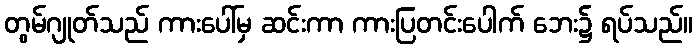
တွမ်ဂျုတ်သည် ကားပေါ်မှ ဆင်းကာ ကားပြတင်းပေါက် ဘေး၌ ရပ်သည်။